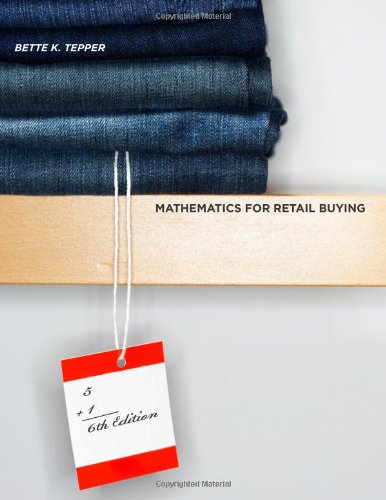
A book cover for Mathematics for Retail Buying with CDROM (6th Edition); Bette K. Tepper; Business & Money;